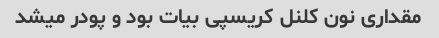
مقداری نون کلنل کریسپی بیات بود و پودر میشد